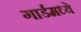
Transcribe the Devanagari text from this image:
गार्डमध्ये